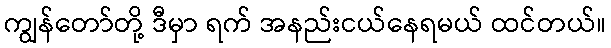
ကျွန်တော်တို့ ဒီမှာ ရက် အနည်းငယ်နေရမယ် ထင်တယ်။